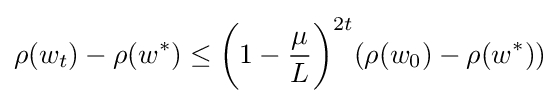
\rho (w_{t})-\rho (w^{*})\leq {\bigg (}1-{\frac {\mu }{L}}{\bigg )}^{2t}(\rho (w_{0})-\rho (w^{*}))